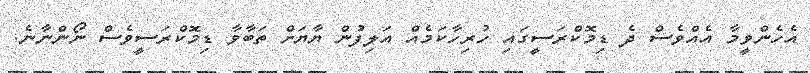
އެހެންވީމާ އެއްވެސް ދެ ޑިމޮކްރަސީގައި ހުރިހާކަމެއް އަލިފުން ޔާޔަށް ތަބާވާ ޑިމޮކްރަސީވެސް ނޯންނާނެ.